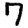
Digit: 7